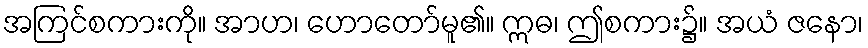
အကြင်စကားကို။ အာဟ၊ ဟောတော်မူ၏။ ဣဓ၊ ဤစကား၌။ အယံ ဇနော၊